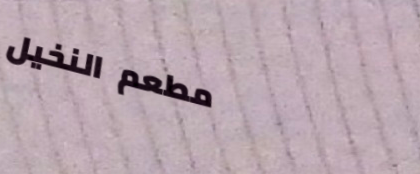
مطعم النخيل